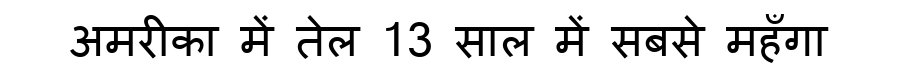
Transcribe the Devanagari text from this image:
अमरीका में तेल 13 साल में सबसे महँगा